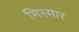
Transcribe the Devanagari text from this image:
मिस्मार